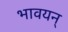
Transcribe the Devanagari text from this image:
भावयन्